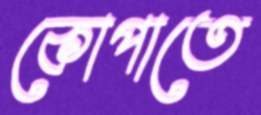
কোপাতে